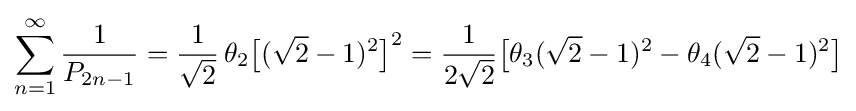
\sum _{n=1}^{\infty }{\frac {1}{P_{2n-1}}}={\frac {1}{\sqrt {2}}}\,\theta _{2}{\bigl [}({\sqrt {2}}-1)^{2}{\bigr ]}^{2}={\frac {1}{2{\sqrt {2}}}}{\bigl [}\theta _{3}({\sqrt {2}}-1)^{2}-\theta _{4}({\sqrt {2}}-1)^{2}{\bigr ]}